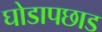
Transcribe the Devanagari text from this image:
घोडापछाड